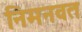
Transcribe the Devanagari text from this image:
निमनवत